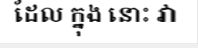
ដែល ក្នុង នោះ វា